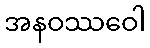
အနဝဿဝေါ